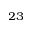
^ { 2 3 }